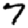
Digit: 7